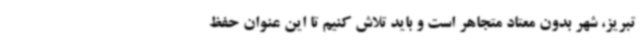
تبریز، شهر بدون معتاد متجاهر است و باید تلاش کنیم تا این عنوان حفظ